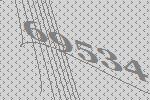
69534